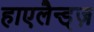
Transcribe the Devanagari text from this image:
हाएलैन्ड्ज़